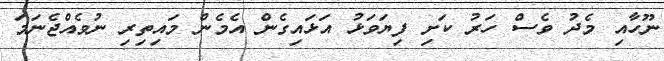
ނޫހާއި މެދު ވެސް ހަރު ކަށި ފިޔަވަޅު އަޅައިގެން އެމެން މައިތިރި ނުވެއްޖެނަމަ